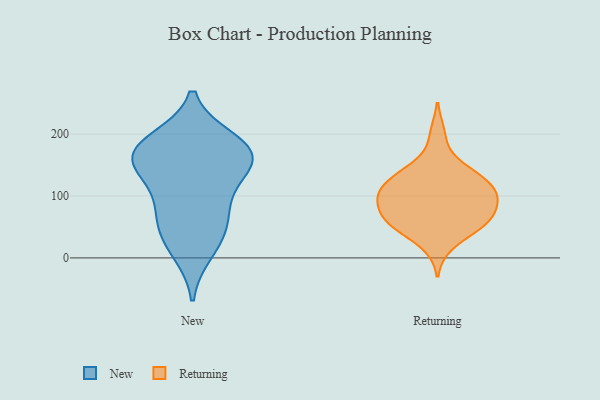
{"axis": {"x": "Churn Rate (%)", "y": "Value"}, "legend": ["New", "Returning"], "data": [{"x": "", "y": 189, "type": "New"}, {"x": "", "y": 11, "type": "New"}, {"x": "", "y": 185, "type": "New"}, {"x": "", "y": 52, "type": "New"}, {"x": "", "y": 37, "type": "New"}, {"x": "", "y": 168, "type": "New"}, {"x": "", "y": 168, "type": "New"}, {"x": "", "y": 84, "type": "New"}, {"x": "", "y": 152, "type": "New"}, {"x": "", "y": 94, "type": "New"}, {"x": "", "y": 152, "type": "New"}, {"x": "", "y": 152, "type": "New"}, {"x": "", "y": 98, "type": "Returning"}, {"x": "", "y": 65, "type": "Returning"}, {"x": "", "y": 55, "type": "Returning"}, {"x": "", "y": 63, "type": "Returning"}, {"x": "", "y": 142, "type": "Returning"}, {"x": "", "y": 98, "type": "Returning"}, {"x": "", "y": 97, "type": "Returning"}, {"x": "", "y": 104, "type": "Returning"}, {"x": "", "y": 94, "type": "Returning"}, {"x": "", "y": 128, "type": "Returning"}, {"x": "", "y": 52, "type": "Returning"}, {"x": "", "y": 128, "type": "Returning"}, {"x": "", "y": 112, "type": "Returning"}, {"x": "", "y": 51, "type": "Returning"}, {"x": "", "y": 199, "type": "Returning"}, {"x": "", "y": 143, "type": "Returning"}, {"x": "", "y": 21, "type": "Returning"}, {"x": "", "y": 68, "type": "Returning"}]}